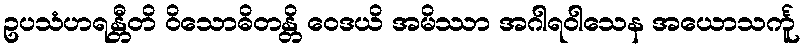
ဥပသံဟရန္တီတိ ဝိသောဓိတန္တိ ဝေဒယိ အမိဿာ အဂါရဝါသေန အယောသင်္ကူ